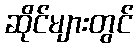
ဆိုင်များတွင်